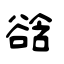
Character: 谽